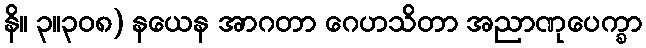
နိ။ ၃။၃၀၈) နယေန အာဂတာ ဂေဟသိတာ အညာဏုပေက္ခာ